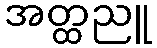
အတ္ထညူ